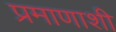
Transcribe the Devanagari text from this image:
प्रमाणाशी